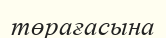
төрағасына